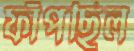
ফাঁপছিল